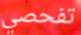
تفحصي